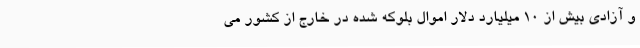
و آزادی بیش از 10 میلیارد دلار اموال بلوکه شده در خارج از کشور می